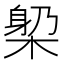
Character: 𣕼